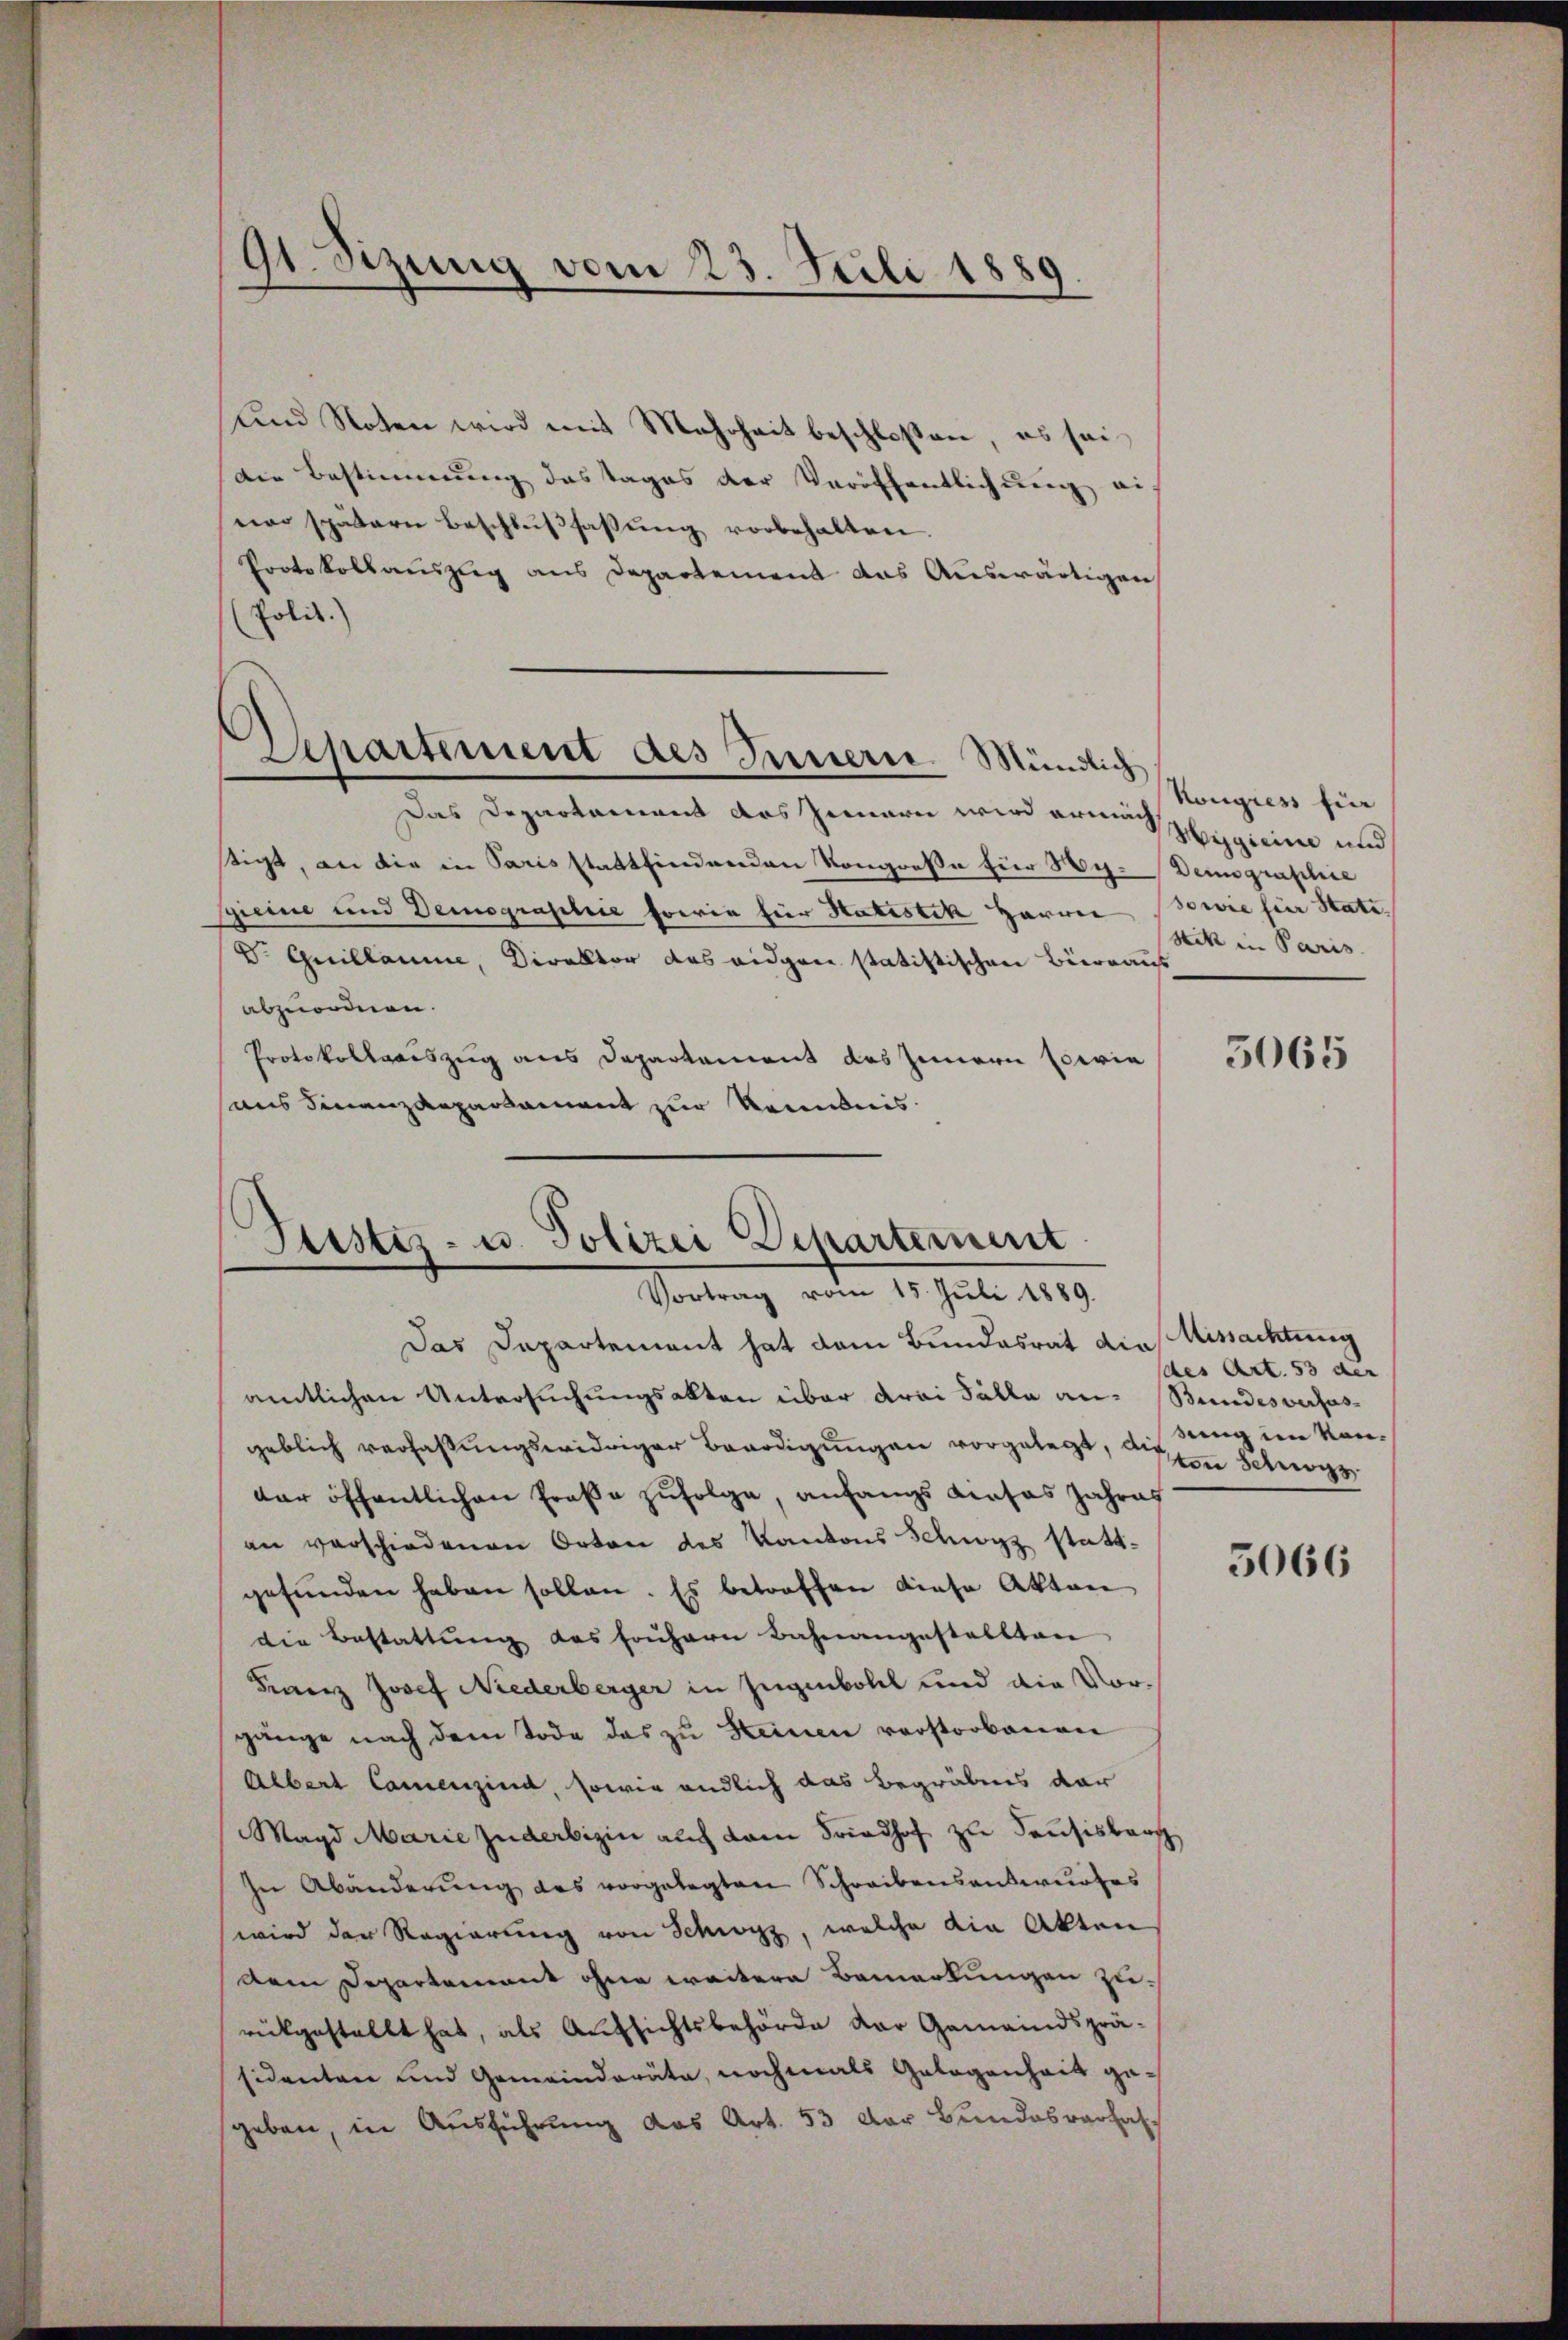
91. Sizung vom 23. Juli 1889.

Departement des Innern. Mündlich

und Noten wird mit Mehrheit beschlossen, es sei¬
Die Bestimmung das Tages der Veröffentlichung ei
nor spätern Beschlŭβfassŭng vorbehalten.
Protokollauszug aus Departement das Auswärtigen
Polit.
Das Departament das Zimern wird ermach Hegitime und
stigt, an die in Paris stattfindenden Kongreße für Wy. Dein graphie
gieine und Demographie sowie für Hatistik Harrer sowie für Stati,
Dr. Guillaume, Direktor das eidgen statistischen Büreaus
abzuordnen.
Protokollsauszug aus Departement des Innern sowie
ans Finanzdepartament zur Kenntnis

Justiz- u. Polizei Departement
Vortrag vom 15. Juli 1889.

Das Departement hat dem Bundesrat die Missachtung
amtlichen Untersuchungsakten über drei Fälle an- Bundesverfas-
geblich verfassungswidriger Benadigungen vorgelegt, den Schwegs
der öffentlichen Große zufolge, anfangs dieses Jahres
an verschiedenen Orten des Kantons Schwyz stattgefunden haben sollen. Es betroffen diese Akten
die Bestattŭng des frühern Bahnangestellten
Franz Josef Niederberger in Zugenboldl und die Vorgänge nach dem Tode das zu Steinen vorstorbenen
Albert Camenzina, sowie endlich das Begräbnis dar
Magd Marie juderbigin auch kam Friedhof zu Hausisbar
In Abänderung des vorgelegten Schreibensantwurfes
wird der Regierung von Schwyz, welche die Akten
Dem Departement ohne weitere Bemerkungen zu-
rükgestellt hat, als Aufsichtsbehörde der Gemeindspräsidenten und Gemeinderäte, nochmals Gelegenheit gegeben, in Ausführung das Art. 53 der Bundesverhal

Kongress fün
Stik in Paris

5065

des Art. 53 der
sung im von¬

5066